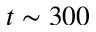
t \sim 3 0 0